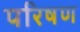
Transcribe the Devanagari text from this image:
परिषण